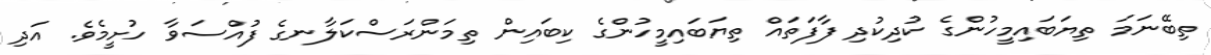
ތިބޭނަމަ ތިޔަބައިމީހުންގެ ކުދިކުދި ފާފަތައް ތިޔަބައިމީހުންގެ ކިބައިން ތިމަންރަސްކަލާނގެ ފުއްސަވާ ހުށީމެވެ. އަދި